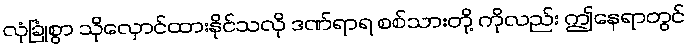
လုံခြုံစွာ သိုလှောင်ထားနိုင်သလို ဒဏ်ရာရ စစ်သားတို့ ကိုလည်း ဤနေရာတွင်